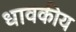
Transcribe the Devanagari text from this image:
धावकीय